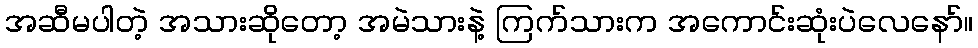
အဆီမပါတဲ့ အသားဆိုတော့ အမဲသားနဲ့ ကြက်သားက အကောင်းဆုံးပဲလေနော်။